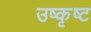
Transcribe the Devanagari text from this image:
उष्कृष्ट